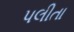
પલીતા